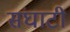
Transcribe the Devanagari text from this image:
संघाटी